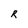
Character: R